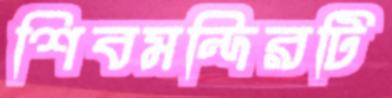
শিবমন্দিরটি